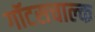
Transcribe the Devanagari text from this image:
गॉटसचाल्क